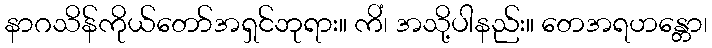
နာဂသိန်ကိုယ်တော်အရှင်ဘုရား။ ကိံ၊ အသို့ပါနည်း။ တေအရဟန္တော၊